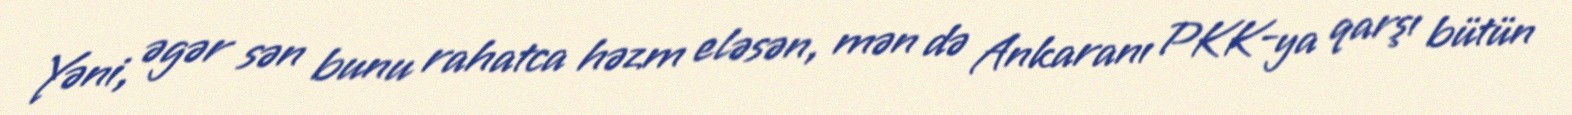
Yəni, əgər sən bunu rahatca həzm eləsən, mən də Ankaranı PKK-ya qarşı bütün